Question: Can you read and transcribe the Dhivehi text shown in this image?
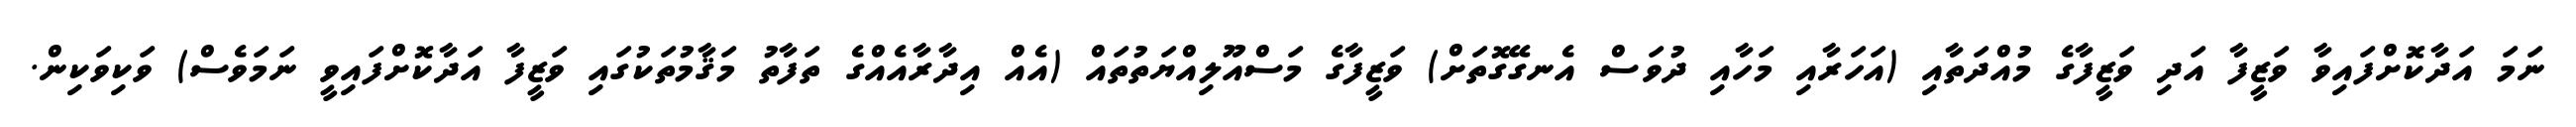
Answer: ނަމަ އަދާކޮށްފައިވާ ވަޒީފާ އަދި ވަޒީފާގެ މުއްދަތާއި (އަހަރާއި މަހާއި ދުވަސް އެނގޭގޮތަށް) ވަޒީފާގެ މަސްއޫލިއްޔަތުތައް (އެއް އިދާރާއެއްގެ ތަފާތު މަޤާމުތަކުގައި ވަޒީފާ އަދާކޮށްފައިވީ ނަމަވެސް) ވަކިވަކިން.